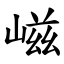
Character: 嵫